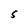
Character: 5